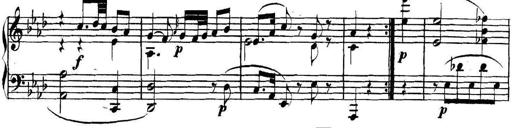
Title: Collected Piano Sonatas
Composer: Muzio Clementi